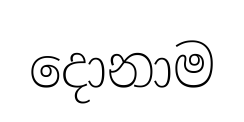
දොනාම